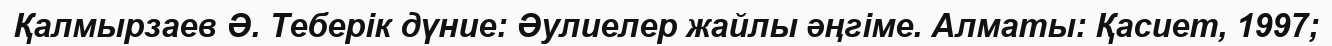
Қалмырзаев Ә. Теберік дүние: Әулиелер жайлы әңгіме. Алматы: Қасиет, 1997;